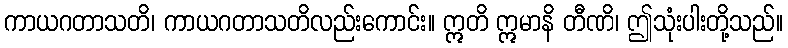
ကာယဂတာသတိ၊ ကာယဂတာသတိလည်းကောင်း။ ဣတိ ဣမာနိ တီဏိ၊ ဤသုံးပါးတို့သည်။